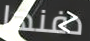
دفنها